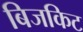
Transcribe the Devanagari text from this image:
बिजकिट